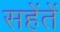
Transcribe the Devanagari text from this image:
सहेंतें